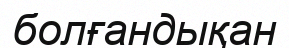
болғандықан